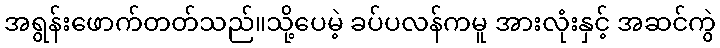
အရွန်းဖောက်တတ်သည်။သို့ပေမဲ့ ခပ်ပလန်ကမူ အားလုံးနှင့် အဆင်ကွဲ